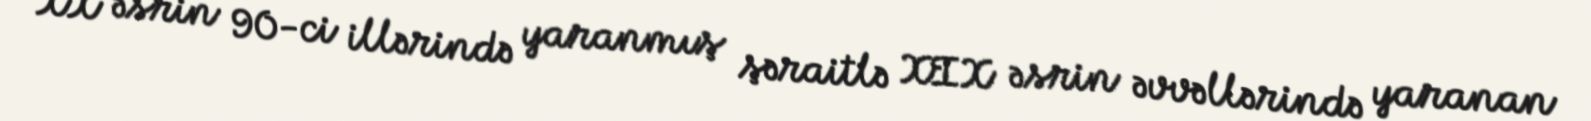
XX əsrin 90-ci illərində yaranmış şəraitlə XIX əsrin əvvəllərində yaranan